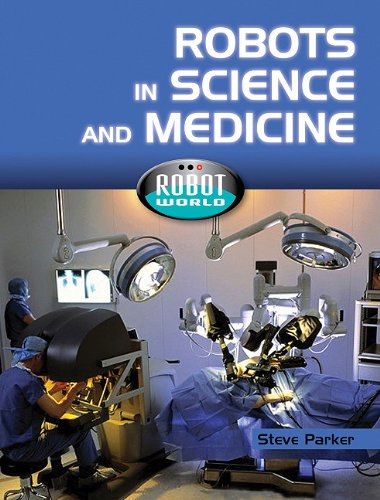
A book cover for Robots in Science and Medicine (Robot World); Steve Parker; Children's Books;